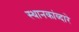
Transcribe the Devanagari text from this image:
स्थानकांव्दारे